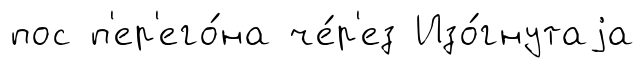
пос п'ер'его́на че́р'ез Изо́гнутаjа